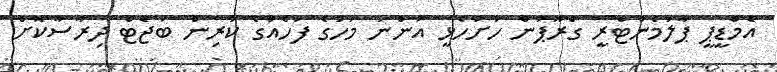
އެމްޑީޕީ ޕާލަމެންޓްރީ ގްރޫޕުން ހުށަހެޅީ އަންނަ މަހުގެ ފަހެއްގެ ކުރިން ބަޖެޓް ދިރާސާކޮށް